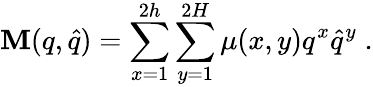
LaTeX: \mathbf{M}(q,\hat{{q}})=\sum_{x=1}^{2h}\sum_{y=1}^{2H}\mu(x,y)q^{x}\hat{{q}}^{y}\; .